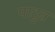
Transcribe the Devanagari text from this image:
पाटुन्न